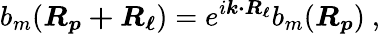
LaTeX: b_{m}({\boldsymbol{R_{p}+R_{\ell}}})=e^{i{\boldsymbol{k\cdot R_{\ell}}}}b_{m}({\boldsymbol{R_{p}}})\ ,